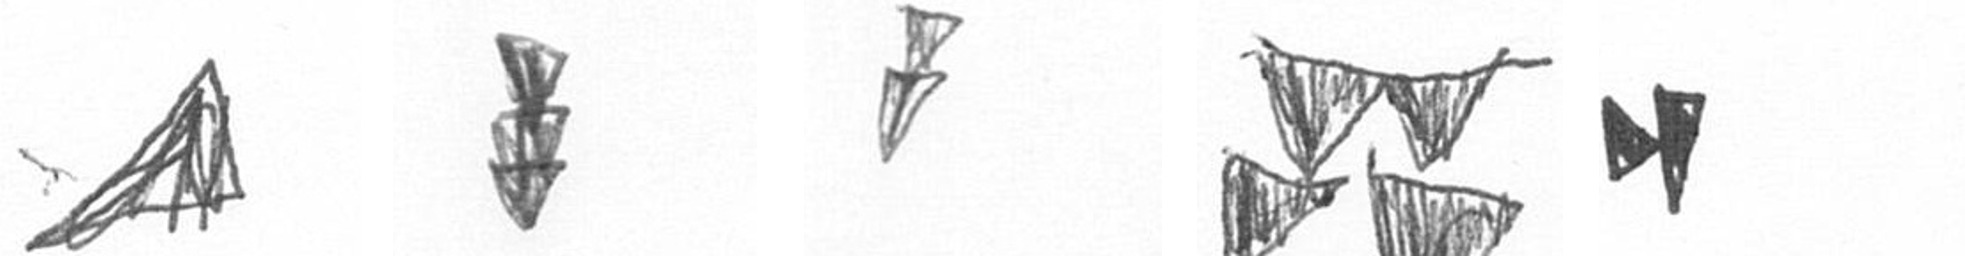
O E Z B M